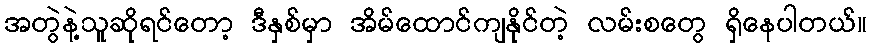
အတွဲနဲ့သူဆိုရင်တော့ ဒီနှစ်မှာ အိမ်ထောင်ကျနိုင်တဲ့ လမ်းစတွေ ရှိနေပါတယ်။